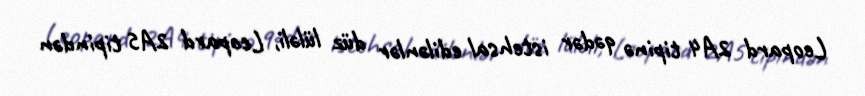
Leopard 2A4 tipinə qədər istehsal edilənlər düz lüləli, Leopard 2A5 tipindən